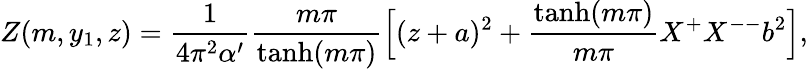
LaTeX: Z(m,y_{1},z)=\frac{1}{4\pi^{2}\alpha^{\prime}}\frac{m\pi}{\operatorname{tanh}(m\pi)}\Bigl[(z+a)^{2}+\frac{\operatorname{tanh}(m\pi)}{m\pi}X^{+}X^{--}b^{2}\Bigr],